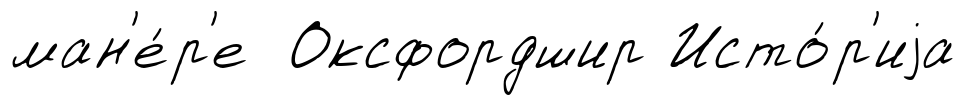
ман'е́р'е Оксфордшир Исто́р'иjа